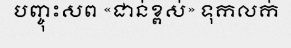
បញ្ចុះសព «ជាន់ខ្ពស់» ទុកលក់